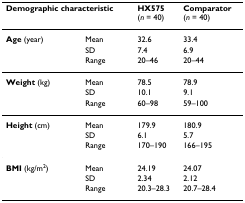
<table><thead><tr><td colspan="2"><b>Demographic characteristic</b></td><td><b>HX575(<i>n </i>= 40)</b></td><td><b>Comparator(<i>n </i>= 40)</b></td></tr></thead><tbody><tr><td><b>Age </b>(year)</td><td>Mean</td><td>32.6</td><td>33.4</td></tr><tr><td></td><td>SD</td><td>7.4</td><td>6.9</td></tr><tr><td></td><td>Range</td><td>20–46</td><td>20–44</td></tr><tr><td><b>Weight </b>(kg)</td><td>Mean</td><td>78.5</td><td>78.9</td></tr><tr><td></td><td>SD</td><td>10.1</td><td>9.1</td></tr><tr><td></td><td>Range</td><td>60–98</td><td>59–100</td></tr><tr><td><b>Height </b>(cm)</td><td>Mean</td><td>179.9</td><td>180.9</td></tr><tr><td></td><td>SD</td><td>6.1</td><td>5.7</td></tr><tr><td></td><td>Range</td><td>170–190</td><td>166–195</td></tr><tr><td><b>BMI </b>(kg/m<sup>2</sup>)</td><td>Mean</td><td>24.19</td><td>24.07</td></tr><tr><td></td><td>SD</td><td>2.34</td><td>2.12</td></tr><tr><td></td><td>Range</td><td>20.3–28.3</td><td>20.7–28.4</td></tr></tbody></table>